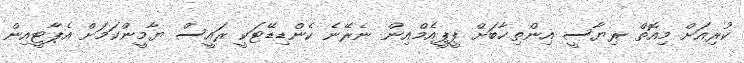
ކުރިއަށް މިއޮތް ރިޔާސީ އިންތިޚާބަށް ޕީޕީއެމްއިން ނެރޭނެ ކެންޑިޑޭޓަކީ ރައީސް ޔާމީންކަމަށް އެޕާޓީއިން